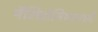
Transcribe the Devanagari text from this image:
मॅसिडोनियामध्ये